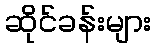
ဆိုင်ခန်းများ